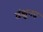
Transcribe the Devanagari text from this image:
वंक्षुनद